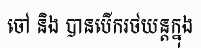
ចៅ និង បានបើករថយន្តក្នុង